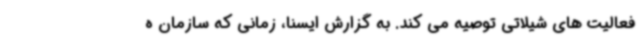
فعالیت های شیلاتی توصیه می کند. به گزارش ایسنا، زمانی که سازمان ه